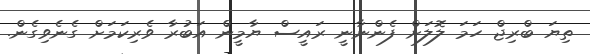
ތިޔަ ބްރިޖް ހަމަ ލޮލަށް ފެންނާނީ ރައީސް ޔާމީން އަބުރާ ވެރިކަމަށް ގެނެވިގެން.